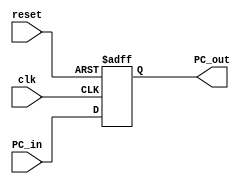
`timescale 1ns / 1ps
//////////////////////////////////////////////////////////////////////////////////
// Company: 
// Engineer: 
// 
// Design Name: 
// Module Name: PC
// Project Name: 
// Target Devices: 
// Tool Versions: 
// Description: 
// 
// Dependencies: 
// 
// Revision:
// Revision 0.01 - File Created
// Additional Comments:
// 
//////////////////////////////////////////////////////////////////////////////////


module PC(
    input clk,
    input reset,
    input [31:0] PC_in,
    output reg [31:0] PC_out
    );
    
    always@(posedge clk, posedge reset) begin
        if (reset)
            PC_out <= 32'b0;
        else
            PC_out <= PC_in;
    end
endmodule